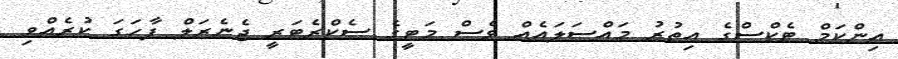
އިންކަމް ޓެކްސްގެ އިތުރު މައްސަލައެއް ވެސް މަޓީގެ ސެކްރެޓަރީ ޖެނެރަލް ފާހަގަ ކުރެއްވި